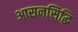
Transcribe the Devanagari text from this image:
आसनसिद्धि